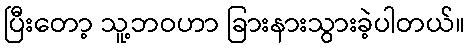
ပြီးတော့ သူ့ဘဝဟာ ခြားနားသွားခဲ့ပါတယ်။